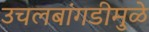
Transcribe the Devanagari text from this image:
उचलबांगडीमुळे